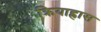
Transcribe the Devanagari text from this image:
क्रियाह्रास